Annual report of the Civil Veterinary Department, Bengal, and of the Bengal Veterinary College, for the year 1900-1901 - 1900-1901
Year: 1900
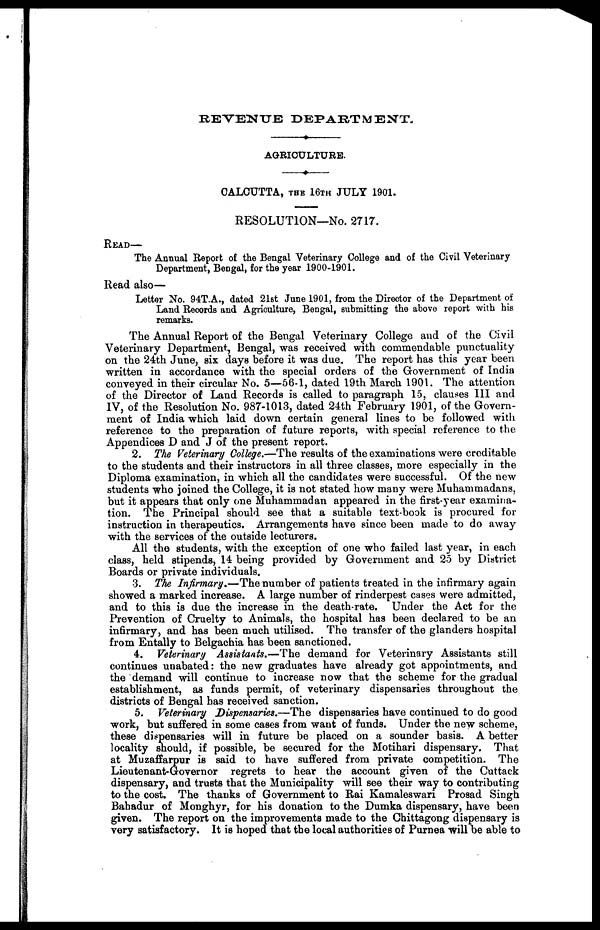
REVENUE
DEPARTMENT.
AGRICULTURE.
CALCUTTA, THE 16TH JULY 1901.
RESOLUTION—No. 2717.
READ—
The Annual Report of the Bengal Veterinary College and of the Civil Veterinary
Department, Bengal, for the year 1900-1901.
Read also—
Letter No. 94T.A., dated 21st June 1901, from the Director of the Department of
Land Records and Agriculture, Bengal, submitting the above report with his
remarks.
The Annual Report of the Bengal Veterinary College and of the Civil
Veterinary Department, Bengal, was received with commendable punctuality
on the 24th June, six days before it was due. The report has this year been
written in accordance with the special orders of the Government of India
conveyed in their circular No. 5—56-1, dated 19th March 1901. The attention
of the Director of Land Records is called to paragraph 15, clauses III and
IV, of the Resolution No. 987-1013, dated 24th February 1901, of the Govern-
ment of India which laid down certain general lines to be followed with
reference to the preparation of future reports, with special reference to the
Appendices D and J of the present report.
2. The Veterinary College.—The results of the examinations were creditable
to the students and their instructors in all three classes, more especially in the
Diploma examination, in which all the candidates were successful. Of the new
students who joined the College, it is not stated how many were Muhammadans,
but it appears that only one Muhammadan appeared in the first-year examina-
tion. The Principal should see that a suitable text-book is procured for
instruction in therapeutics. Arrangements have since been made to do away
with the services of the outside lecturers.
All the students, with the exception of one who failed last year, in each
class, held stipends, 14 being provided by Government and 25 by District
Boards or private individuals.
3. The Infirmary.—The number of patients treated in the infirmary again
showed a marked increase. A large number of rinderpest cases were admitted,
and to this is due the increase in the death-rate. Under the Act for the
Prevention of Cruelty to Animals, the hospital has been declared to be an
infirmary, and has been much utilised. The transfer of the glanders hospital
from Entally to Belgachia has been sanctioned.
4. Veterinary Assistants.—The demand for Veterinary Assistants still
continues unabated: the new graduates have already got appointments, and
the demand will continue to increase now that the scheme for the gradual
establishment, as funds permit, of veterinary dispensaries throughout the
districts of Bengal has received sanction.
5. Veterinary Dispensaries.—The dispensaries have continued to do good
work, but suffered in some cases from want of funds. Under the new scheme,
these dispensaries will in future be placed on a sounder basis. A better
locality should, if possible, be secured for the Motihari dispensary. That
at Muzaffarpur is said to have suffered from private competition. The
Lieutenant-Governor regrets to hear the account given of the Cuttack
dispensary, and trusts that the Municipality will see their way to contributing
to the cost. The thanks of Government to Rai Kamaleswari Prosad Singh
Bahadur of Monghyr, for his donation to the Dumka dispensary, have been
given. The report on the improvements made to the Chittagong dispensary is
very satisfactory. It is hoped that the local authorities of Purnea will be able to